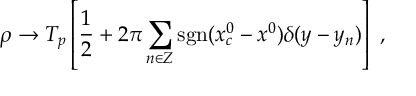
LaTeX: \rho \to { \cal T } _ { p } \left[ { \frac { 1 } { 2 } } + 2 \pi \sum _ { n \in Z } \mathrm { s g n } ( x _ { c } ^ { 0 } - x ^ { 0 } ) \delta ( y - y _ { n } ) \right] ~ ,